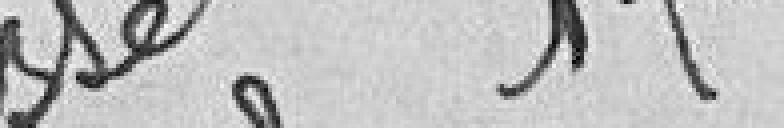
Vu pour récépissé